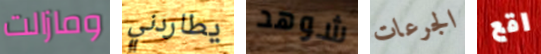
ومازالت يطاردني شوهد الجرعات اقع